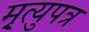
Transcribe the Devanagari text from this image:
मृ्त्युपत्र